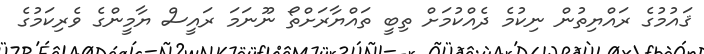
ޤައުމުގެ ރައްޔިތުން ނިކުމެ ދެއްކުމަށް ތިބީ ތައްޔާރަށްތޯ ނޫނަމަ ރައީސް ޔާމީންގެ ވެރިކަމުގެ